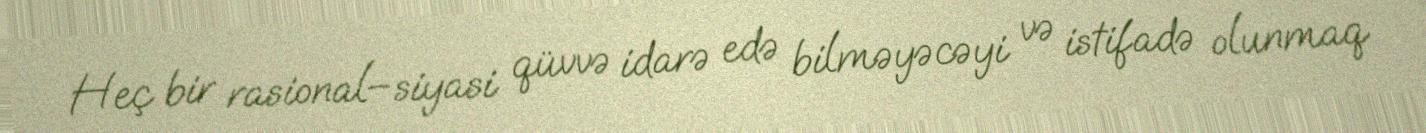
Heç bir rasional–siyasi qüvvə idarə edə bilməyəcəyi və istifadə olunmaq